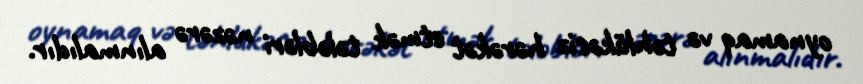
oynamaq və təhlükəsiz hərəkət etmək tələbləri nəzərə alınmalıdır.